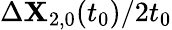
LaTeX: \Delta\mathbf{X}_{2,0}(t_{0})/2t_{0}